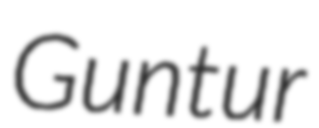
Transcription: Guntur